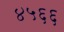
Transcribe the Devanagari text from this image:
४५६६